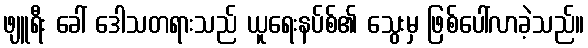
ဖျူရီး ခေါ် ဒေါသတရားသည် ယူရေးနပ်စ်၏ သွေးမှ ဖြစ်ပေါ်လာခဲ့သည်။